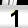
Digit: 1